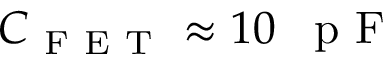
C _ { \mathrm { ~ F ~ E ~ T ~ } } \approx 1 0 \mathrm { ~ \, ~ p ~ F ~ }